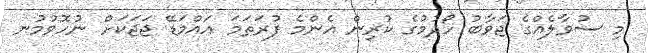
މި ސުވާލެއްގެ ޖަވާބު ހޯދުމުގެ ކުރިން އެންމެ ފުރަތަމަ އައްމަޑޭ ޖަޖަކަށް ނުހޮވުމުނ